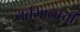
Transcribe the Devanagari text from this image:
वर्तमानाची